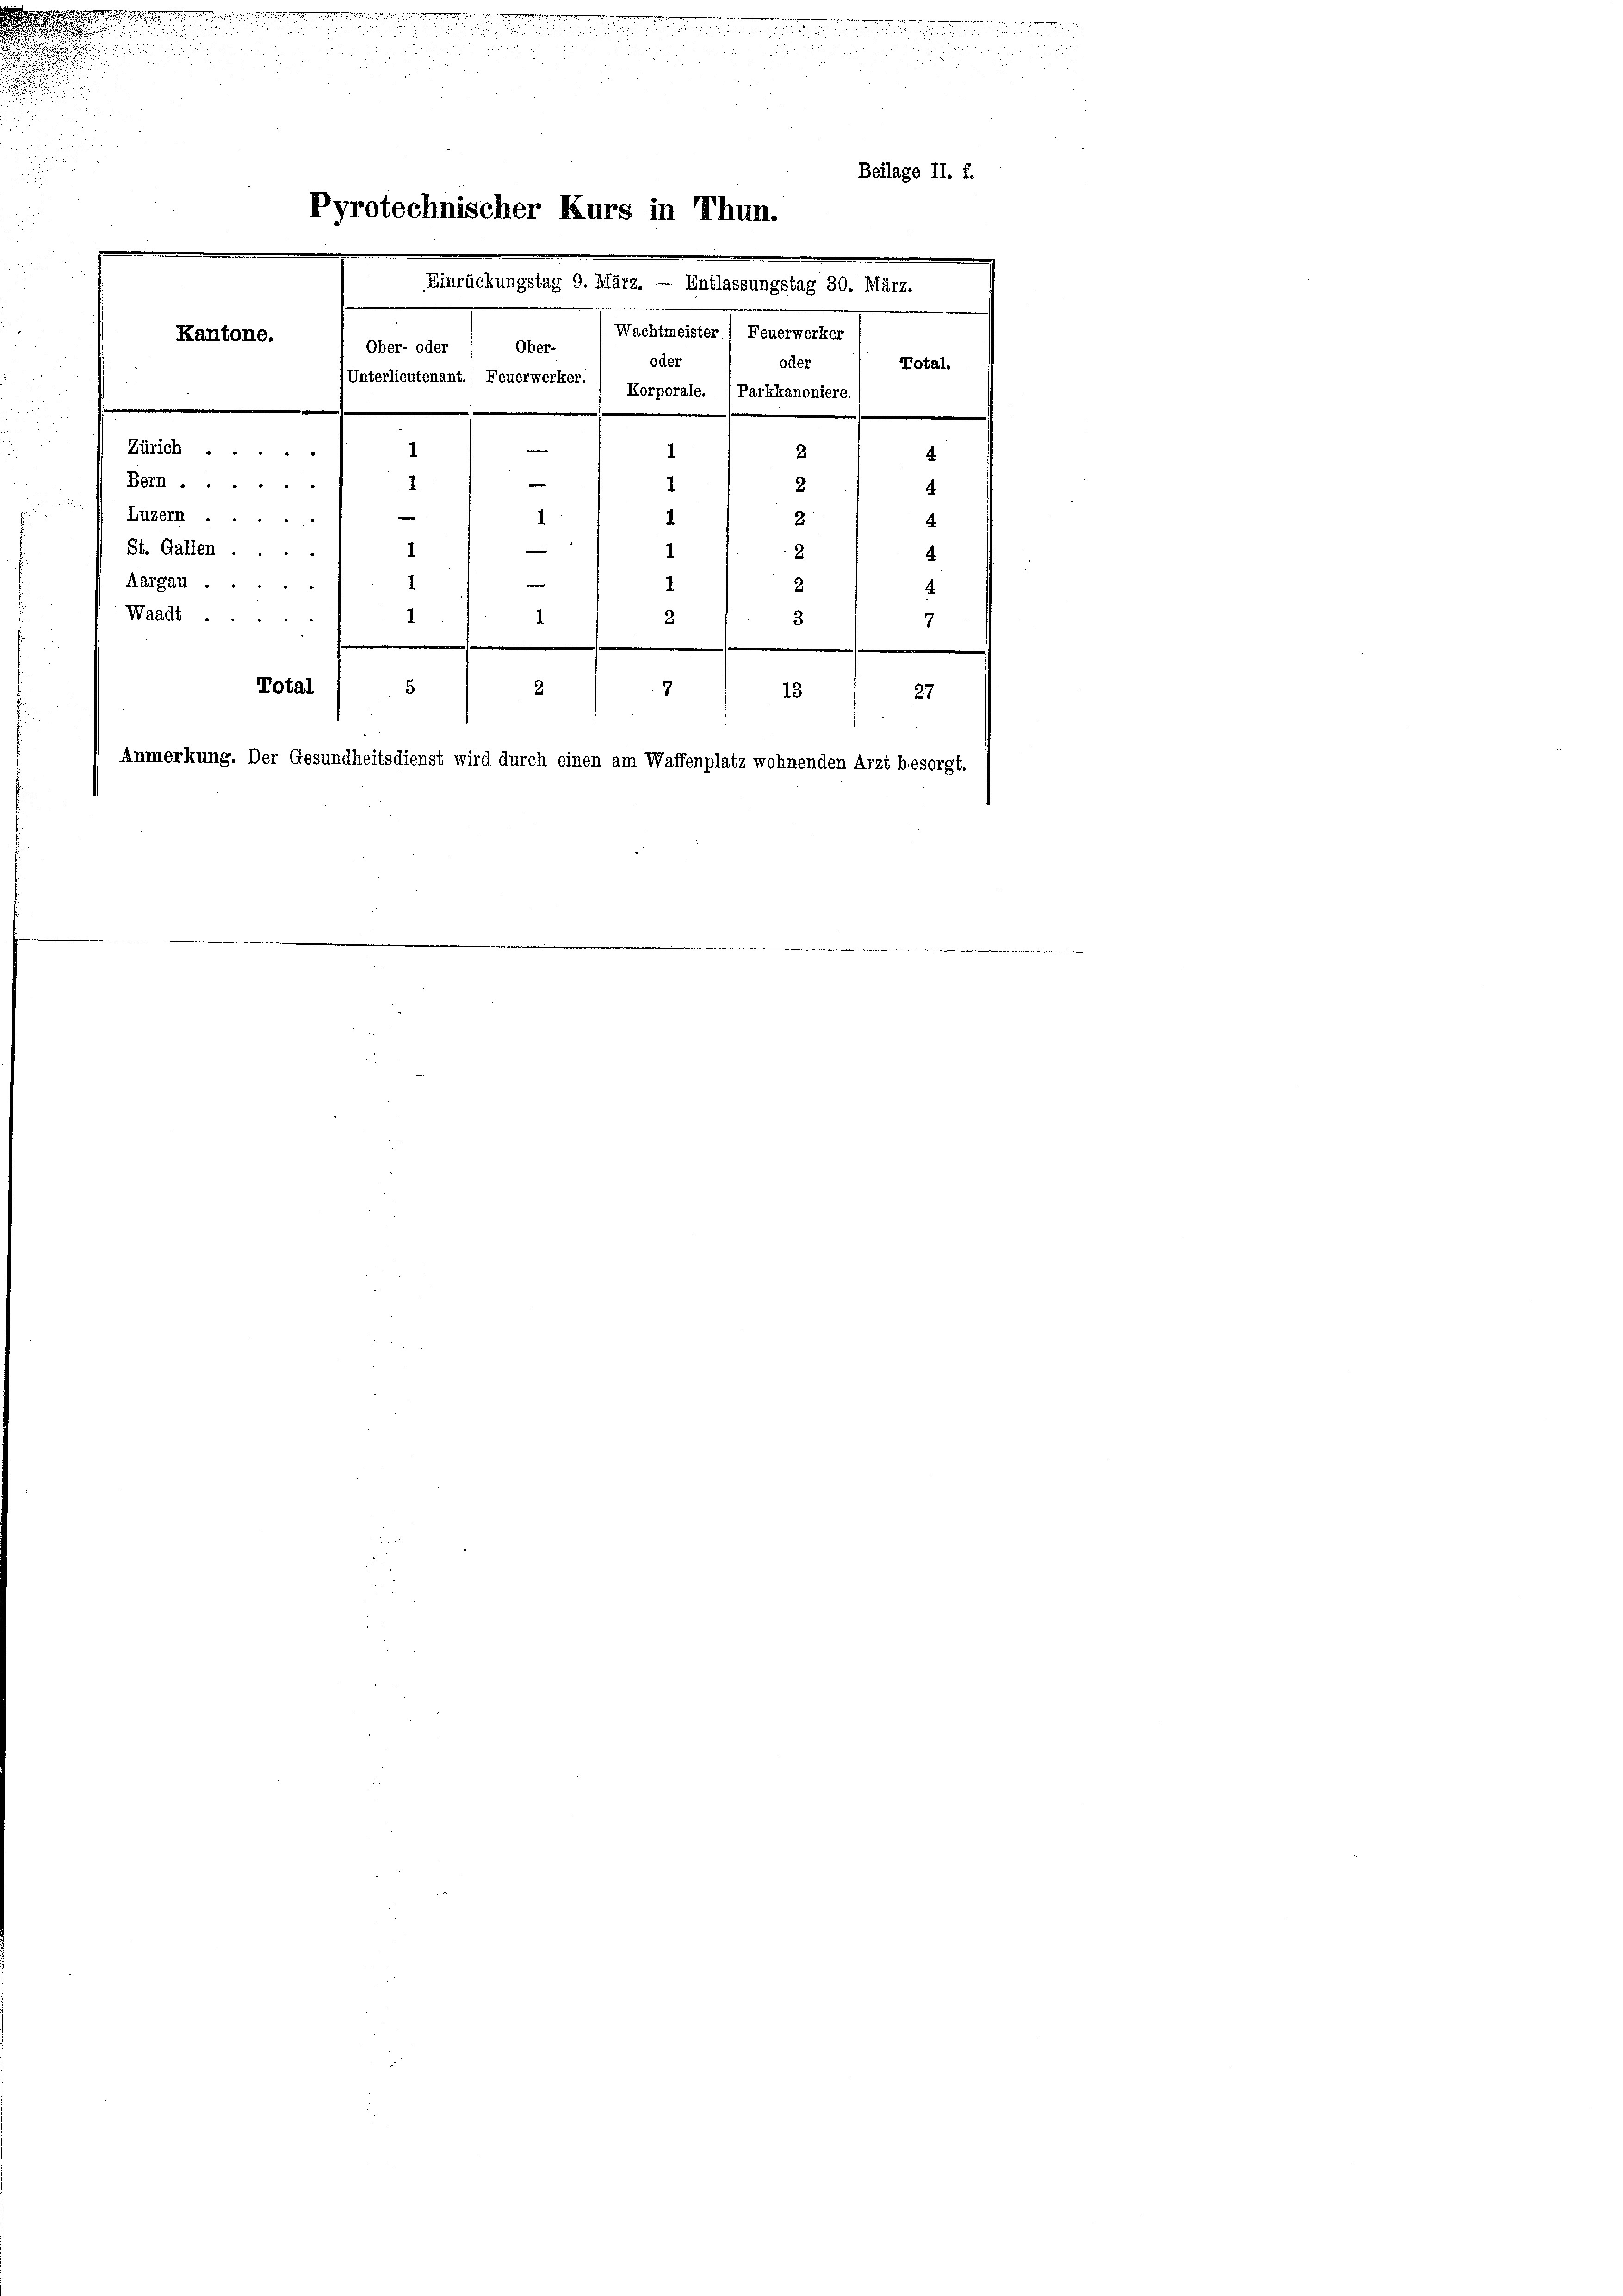
den in einen

e

Anmerkung. Der Gesundheitsdienst wird durch einen am Waffenplatz wohnenden Arzt besorgt

Pyrotechnischer Kurs in Thun.
.
Wachtmeister / Feuerwerker
Ober-
Ober- oder
de.
oder
Unterlieutenant.) Feuerwerker.
Korporale. (Parkkanoniere.
.
Zürich
e
1
2
1
e
Bern....
.
1
2
e
Luzern
1
8
1
e
St. Gallen ...
1
2
1
n
1
Aargau.
e
4
2
Waadt.
.
2
3
.
.
e
.
Total
5
2
7
13

Kantone.

Einrückungstag 9. März. — Entlassungstag 30. März.

Beilage II. f.

Total.

.

7

t